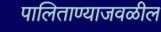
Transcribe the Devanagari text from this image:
पालिताण्याजवळील